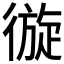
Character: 𢕐